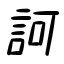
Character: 訶